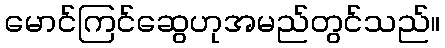
မောင်ကြင်ဆွေဟုအမည်တွင်သည်။